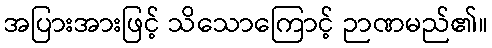
အပြားအားဖြင့် သိသောကြောင့် ဉာဏမည်၏။